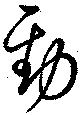
勁